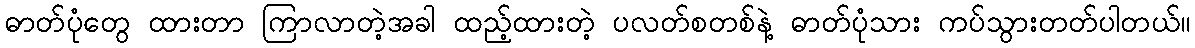
ဓာတ်ပုံတွေ ထားတာ ကြာလာတဲ့အခါ ထည့်ထားတဲ့ ပလတ်စတစ်နဲ့ ဓာတ်ပုံသား ကပ်သွားတတ်ပါတယ်။